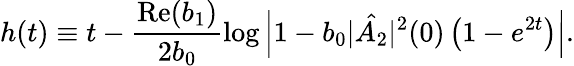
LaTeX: h(t)\equiv t-\frac{\mathrm{Re}(b_{1})}{2b_{0}}\log\left|1-b_{0}|\hat{A_{2}}|^{2}(0)\left(1-e^{2t}\right)\right|.